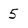
Character: 5